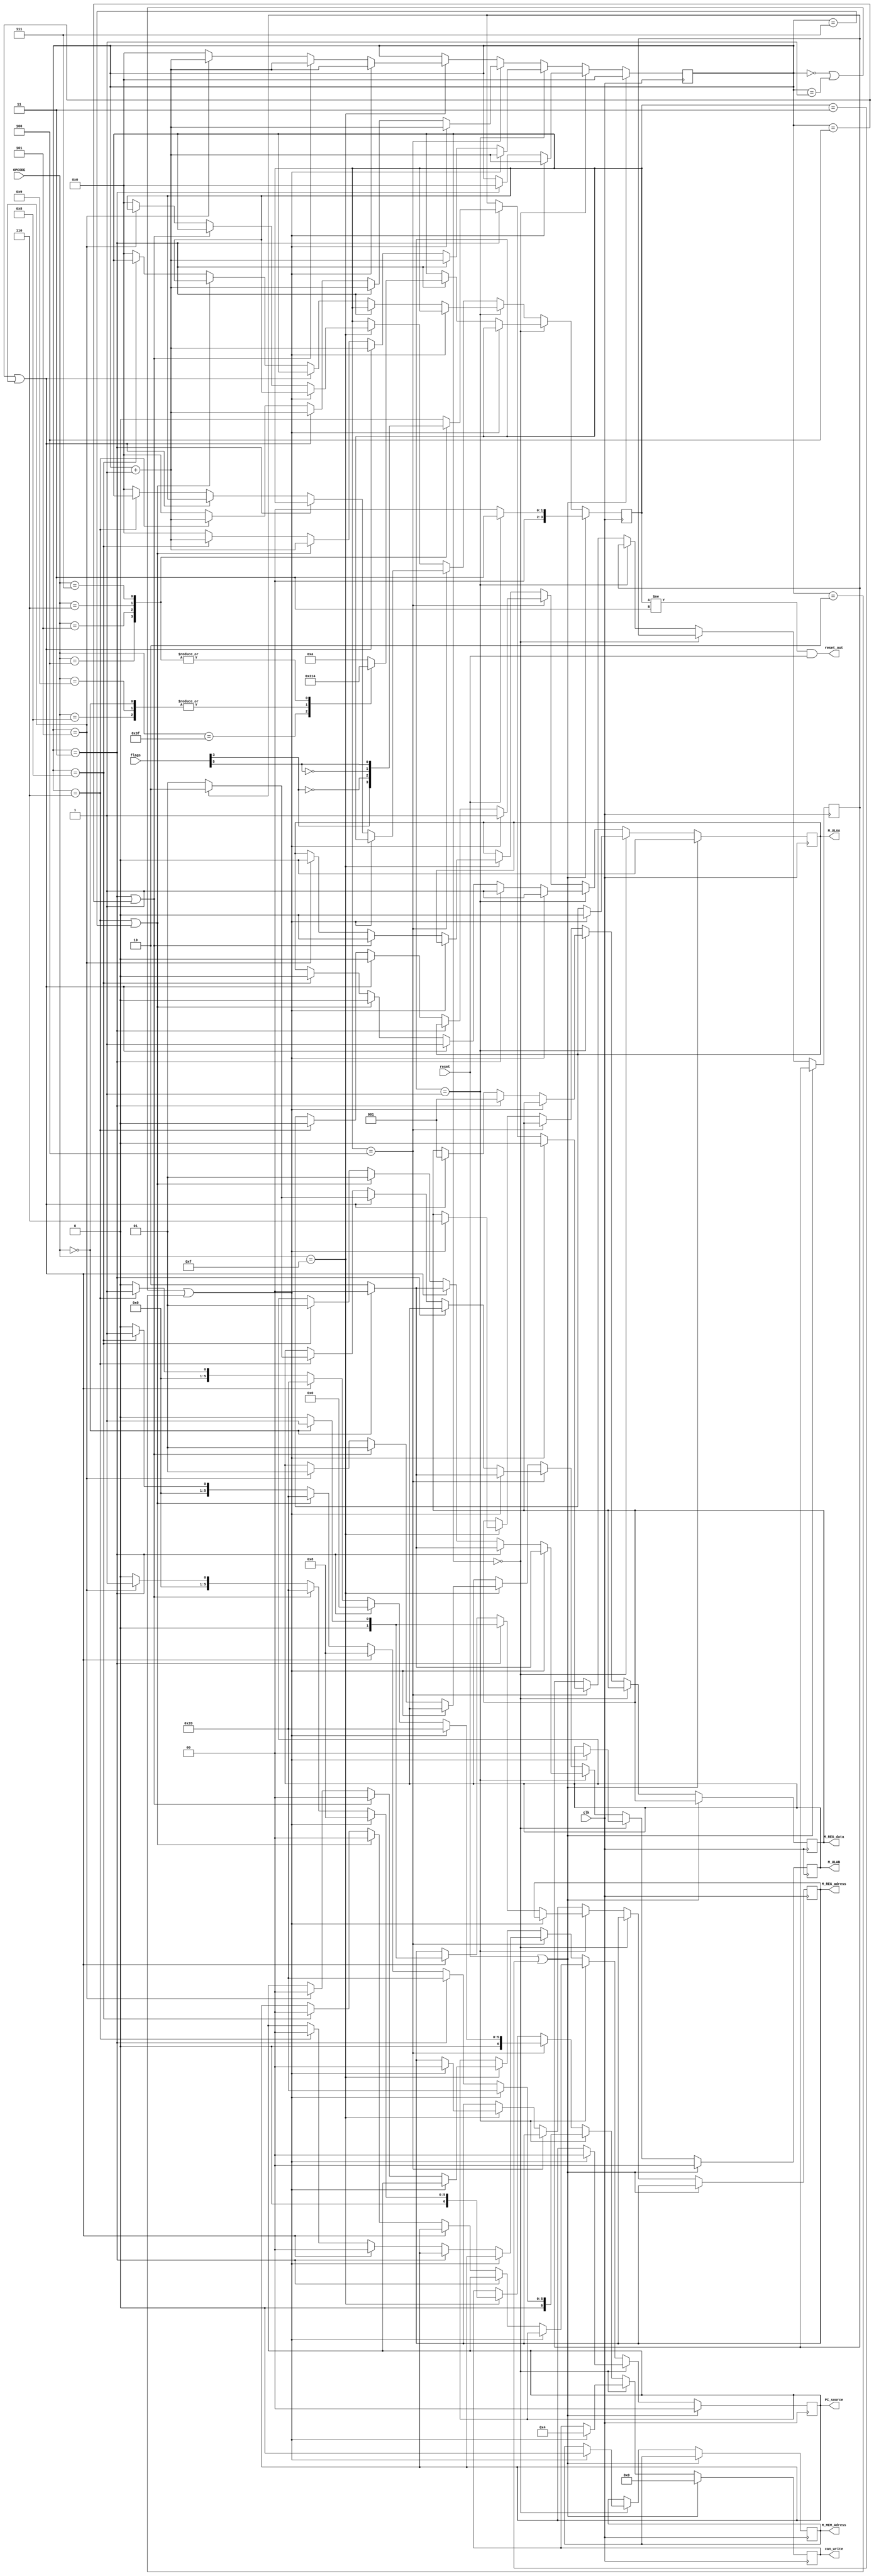
module unidade_controle(
    // INPUTS
        input wire clk,
        input wire reset,
        input wire [5:0] flags, // FLAGS: 0-overflow, 1-negative, 2-zero, 3-less, 4-greater
        input wire [5:0] OPCODE,
    //
    // OUTPUTS
        // CAN_WRITE ...
            output reg [6:0] can_write, 
            // 6-Append_out
            //  5-ALU_out
            //   4-Regs_AB
            //    3-Registradores
            //     2-Instrucao
            //      1-Memoria
            //       0-PC

        // MUTIPLEXADORES
            output reg [1:0] PC_source,
            output reg       M_MEM_Adress,
            output reg       M_ULAA,
            output reg [1:0] M_ULAB,
            output reg [1:0] M_REG_adress,
            output reg [2:0] M_REG_data,
    //
    // RESETA MODULOS
            output wire reset_out
    //
);


// DECLARACOES
    // VARIAVEIS 
        reg [3:0] COUNTER;
        reg [3:0] STATE;
        reg do_BRANCH;
    // 
    // Estados principais da maquina 
        parameter ST_BUSCA  = 5'd0;
        parameter ST_ULA    = 5'd1;
        parameter ST_JR     = 5'd2;
        parameter ST_RESET  = 5'd3;
        parameter ST_BRANCH = 5'd4;

        parameter ST_OUTRO  = 5'd10;
        //parameter ST_BACK = 5'd4;
    //
    // FUNCS
        parameter ADD = 5'h20;
        parameter AND = 5'h24;
        parameter SUB = 5'h22;        
    //
    // OPCODES
        parameter R     = 6'h0;
        parameter ADDI  = 6'h8;
        parameter ADDIU = 6'h9;

        parameter BEQ   = 6'h4;
        parameter BNE   = 6'h5;
        parameter BLE   = 6'h6;
        parameter BGT   = 6'h7;
        parameter LUI   = 6'hf;

        //[LOADS/STORES]
            // parameter LB = 6'h20;
            // parameter LH = 6'h21;
            // parameter LW = 6'h23;
            // parameter SB = 6'h28;
            // parameter SH = 6'h29;
            // parameter SLTI = 6'ha;
            // parameter SW = 6'h2b;

        parameter J     = 6'h2;
        parameter JAL   = 6'h3;
        parameter RESET = 6'b111111;
    //
//

initial begin
    // Tambem deve resetar pilha
    M_MEM_Adress = 3'd0;
    PC_source = 1'b0;
    can_write = 6'd0;
    COUNTER = 4'd0;
    M_ULAB = 2'd1;
    M_ULAA = 1'b0;
    STATE = ST_BUSCA;
end

assign reset_out = ((STATE != ST_RESET) & (reset == 1'b1));

always @(posedge clk) begin

    if ((reset == 1'b1) || (STATE == ST_RESET)) begin //  BOTAO RESET PRESSIONADO
        // DA 1 PULSO DE RESET PARA OS OUTROS MODULOS
            STATE = {(reset == 1'b1)?ST_RESET:ST_BUSCA};
        //
        // SAIDAS SAO MANTIDAS ZERADAS
        PC_source = 1'b0;
        can_write = 6'd0;
        M_ULAA = 1'b0;
        M_ULAB = 2'b00;
        COUNTER = 4'd0;
    end
    
    else begin // FORA DO reset


        if (STATE == ST_BUSCA)  // #0 - BUSCA E DECODIFICACAO
        begin
            // BUSCA
            if (COUNTER == 0 || COUNTER == 1 || COUNTER == 2)    
            begin
                COUNTER = COUNTER + 1;
                M_MEM_Adress = 0;      // LE PC
                can_write = 7'b000100;   // LIBERA instr PARA ESCRITA

                // ZERA OUTRAS SAIDAS
                    PC_source = 1'b0;
                    M_ULAB = 2'd0;
                    M_ULAA = 1'b0;
                //                    
            end else
            //
            // TROCA DE ESTADO
            if (COUNTER == 3)
            begin
                COUNTER = 4'd0;
                STATE = ST_OUTRO;
                
                case(OPCODE)
                        RESET:  STATE = ST_RESET;
                            R:  STATE = ST_ULA;
                         ADDI:  STATE = ST_ULA;
                        ADDIU:  STATE = ST_ULA;

                          BEQ:  STATE = ST_BRANCH;
                          BNE:  STATE = ST_BRANCH;
                          BLE:  STATE = ST_BRANCH;
                          BGT:  STATE = ST_BRANCH;
                endcase
            end
        end else
        
        if (STATE == ST_ULA)    // #1 - ADD, AND, SUB, ADDI, ADDIU
        begin
                // CHOSE A/B
                if(COUNTER == 0 || COUNTER == 1 || COUNTER == 2) begin
                    COUNTER = COUNTER + 1;
                    can_write = 7'b0100000; // WRITE ALUout

                    // SELECT A/B  
                        M_ULAA = 1;
                        if(OPCODE == 6'd0) begin    // TIPO R
                            M_ULAB = 2'd0;              // SELECT REG2
                        end else begin              // TIPO I
                            M_ULAB = 2'd2;              // SELECT SIGN_EXTEND
                        end
                    //
                //
                // SEND ALUOUT TO REG_IN
                end else if(COUNTER == 3) begin 
                    COUNTER = COUNTER + 1;
                    can_write = 7'b0100000; // WRITE ALUout  
                    M_REG_data = 3'd1;      // SELECT ALUout

                    // SELECT A/B  
                        M_ULAA = 1;
                        if(OPCODE == 6'd0) begin    // TIPO R
                            M_ULAB = 2'd0;              // SELECT REG2
                            M_REG_adress = 2'd1;        // SELECT REG TO WRITE 
                        end else begin              // TIPO I
                            M_ULAB = 2'd2;              // SELECT SIGN_EXTEND
                            M_REG_adress = 2'd0;        // SELECT REG TO WRITE 
                        end
                    //
                //
                // WRITE RESULT
                end else if(COUNTER == 4 || COUNTER == 5) begin 
                    COUNTER = COUNTER + 1;
                    can_write = 7'b0001000; // WRITE REGs

                    // SELECT REG TO WRITE
                        M_REG_data = 3'd1;      // SELECT ALUout

                        if(OPCODE == 6'd0) begin    // TIPO R
                            M_REG_adress = 2'd1;        // SELECT 15to11
                        end else begin              // TIPO I
                            M_REG_adress = 2'd0;        // SELECT 25to21
                        end
                    //
                    // SELECT A/B  
                        M_ULAA = 1;
                        if(OPCODE == 6'd0) begin    // TIPO R
                            M_ULAB = 2'd0;              // SELECT REG2
                            M_REG_adress = 2'd1;        // SELECT REG TO WRITE 
                        end else begin              // TIPO I
                            M_ULAB = 2'd2;              // SELECT SIGN_EXTEND
                            M_REG_adress = 2'd0;        // SELECT REG TO WRITE 
                        end
                //
                // PC + 4
                end else if(COUNTER == 6 || COUNTER == 7) begin
                    COUNTER = COUNTER + 1;
                    can_write = 7'b0100000; // WRITE ALUOUT
                    // SELECT PC SOURCES
                        PC_source = 0;  //ALUOUT
                        M_ULAA = 0;     //PC
                        M_ULAB = 2'd1;  //+4
                    //
                //
                // WRITE PC + 4
                end else if(COUNTER == 8) begin
                    COUNTER = COUNTER + 1;
                    can_write = 7'b0000001; // WRITE PC

                    // SELECT PC SOURCES
                        PC_source = 0;  //ALUOUT
                        M_ULAA = 0;     //PC
                        M_ULAB = 2'd1;  //+4
                    //
                //
                // GO TO INITIAL_STATE
                end else begin
                    STATE = ST_BUSCA;   // INITIAL STATE
                    can_write = 7'd0;   // CANT WRITE
                    COUNTER = 4'd0;     // RESET
                end
        
        end else

        if (STATE == ST_BRANCH) // #4 - BRANCHES
        begin

            // CHOSE A/B
            if(COUNTER == 0 || COUNTER == 1 || COUNTER == 2)
            begin
                COUNTER = COUNTER + 1;
                can_write = 7'b0100000; // WRITE ALUout
                do_BRANCH = 0;

                // SELECT A/B  
                    M_ULAA = 1;
                    if(OPCODE == 6'd0) begin    // TIPO R
                        M_ULAB = 2'd0;              // SELECT REG2
                    end else begin              // TIPO I
                        M_ULAB = 2'd2;              // SELECT SIGN_EXTEND
                    end
                //
            end else
            //
            // VALIDA BRANCH
            if(COUNTER == 3)
            begin
                COUNTER = COUNTER + 1;
                can_write = 7'd0;
                do_BRANCH = 0;
                
                //  FLAGS - <[0]OVERFLOW -  [1]NEGATIVE - [2]ZERO - [3]EQUAL - [4]MENOR [5]MAIOR>
                case(OPCODE)
                    5'h4:   do_BRANCH =  flags[3]; //BEQ 0x4 -  flag[3] [rs == rt]
                    5'h5:   do_BRANCH = !flags[3]; //BNE 0x5 - !flag[3] [rs != rt]
                    5'h6:   do_BRANCH = !flags[5]; //BLE 0x6 - !flag[5] [rs <= rt]
                    5'd7:   do_BRANCH =  flags[5]; //BGT 0x7 -  flag[5] [rs > rt]
                endcase
            end else
            //
            // PC + [4/OFFSET]
            if(COUNTER == 4 || COUNTER == 5) begin
                COUNTER = COUNTER + 1;
                can_write = 7'b0100000; // WRITE ALUOUT
                // SELECT PC SOURCES
                    PC_source = 0;  //ALUOUT
                    M_ULAA = 0;     //PC
                    
                    M_ULAB = {do_BRANCH? 2'd2 : 2'd1 };  //[ OFFSET | 4 ]
                //
            //
            // WRITE PC + [4/OFFSET]
            end else if(COUNTER == 6) begin
                COUNTER = COUNTER + 1;
                can_write = 7'b0000001; // WRITE PC

                // SELECT PC SOURCES
                    PC_source = 0;  //ALUOUT
                    M_ULAA = 0;     //PC
                    M_ULAB = {do_BRANCH? 2'd2 : 2'd1 };  //[ OFFSET | 4 ]
                //
            //
            // GO TO INITIAL_STATE
            end else begin
                STATE = ST_BUSCA;   // INITIAL STATE
                can_write = 7'd0;   // CANT WRITE
                COUNTER = 4'd0;     // RESET
            end
        end else


        if(OPCODE == LUI)       // OPCODE [0x2] -  LUI
        begin            
            // GET EXTEND SIGN
            if(COUNTER == 0 || COUNTER == 1 || COUNTER == 2) begin
                COUNTER = COUNTER + 1;
                can_write = 7'b0001000; // WRITE REG

                //  SELECT REG TO WRITE
                    M_REG_adress = 2'd0;    // SELECT REG TO WRITE 
                    M_REG_data = 3'd6;      // SELECT SIGN EXTEND
                //
            //
            // PC + 4
            end else if(COUNTER == 3 || COUNTER == 4) begin
                COUNTER = COUNTER + 1;
                can_write = 7'b0100000; // WRITE ALUOUT
                // SELECT PC SOURCES
                    PC_source = 0;  //ALUOUT
                    M_ULAA = 0;     //PC
                    M_ULAB = 2'd1;  //+4
                //
            //
            // WRITE PC + 4
            end else if(COUNTER == 5) begin
                COUNTER = COUNTER + 1;
                can_write = 7'b0000001; // WRITE PC

                // SELECT PC SOURCES
                    PC_source = 0;  //ALUOUT
                    M_ULAA = 0;     //PC
                    M_ULAB = 2'd1;  //+4
                //
            //
            // GO TO INITIAL_STATE
            end else begin
                STATE = ST_BUSCA;   // INITIAL STATE
                can_write = 7'd0;   // CANT WRITE
                COUNTER = 4'd0;     // RESET
            end
        end

        // SE NÃO ENCONTRAR FUNCAO
        /*
        if (COUNTER == 0 || COUNTER == 1) begin
            STATE = ST_BUSCA;
            can_write = 8'd0;
            COUNTER = 3'd0;
                        // PC + 4
            end else if(COUNTER == 3 || COUNTER == 4) begin
                COUNTER = COUNTER + 1;
                can_write = 7'b0100000; // WRITE ALUOUT
                // SELECT PC SOURCES
                    PC_source = 0;  //ALUOUT
                    M_ULAA = 0;     //PC
                    M_ULAB = 2'd1;  //+4
                //
            //
            // WRITE PC + 4
            end else if(COUNTER == 5) begin
                COUNTER = COUNTER + 1;
                can_write = 7'b0000001; // WRITE PC

                // SELECT PC SOURCES
                    PC_source = 0;  //ALUOUT
                    M_ULAA = 0;     //PC
                    M_ULAB = 2'd1;  //+4
                //
            //
            // GO TO INITIAL_STATE
            end else begin
                STATE = ST_BUSCA;   // INITIAL STATE
                can_write = 7'd0;   // CANT WRITE
                COUNTER = 4'd0;     // RESET
            end
        end*/

    end
end


endmodule